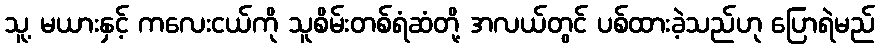
သူ့ မယားနှင့် ကလေးငယ်ကို သူစိမ်းတစ်ရံဆံတို့ အလယ်တွင် ပစ်ထားခဲ့သည်ဟု ပြောရဲမည်